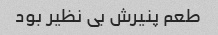
طعم پنیرش بی نظیر بود